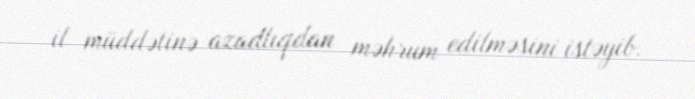
il müddətinə azadlıqdan məhrum edilməsini istəyib.